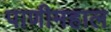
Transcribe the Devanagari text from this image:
पाणीमहाल